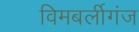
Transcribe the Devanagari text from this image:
विमबर्लीगंज